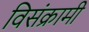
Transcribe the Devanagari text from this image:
विसंक्रामी